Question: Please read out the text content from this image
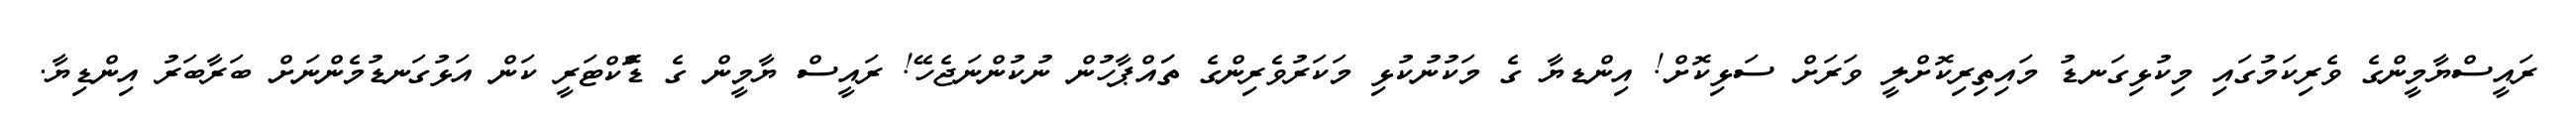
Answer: ރައީސްޔާމީންގެ ވެރިކަމުގައި މިކުޅިގަނޑު މައިތިރިކޮށްލީ ވަރަށް ސަޅިކޮށް! އިންޑޔާ ގެ މަކުނުކުޅި މަކަރުވެރިންގެ ތަައްޕާހުން ނުކުންނަޖެހޭ! ރައީސް ޔާމީން ގެ ޑޮްކްޓަރީ ކަން އަޅުގަނޑުމެންނަށް ބަރާބަރު އިންޑިޔާ.